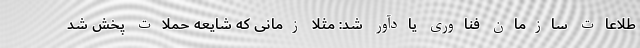
طلاعات سازمان فناوری یادآور شد: مثلا زمانی که شایعه حملات پخش شد